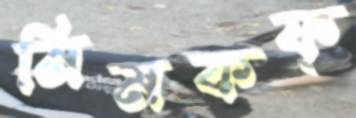
নিমকফ্